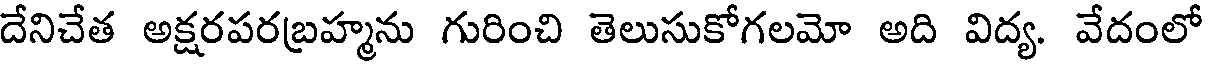
దేనిచేత అక్షరపరబ్రహ్మను గురించి తెలుసుకోగలమో అది విద్య. వేదంలో